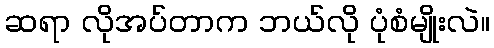
ဆရာ လိုအပ်တာက ဘယ်လို ပုံစံမျိုးလဲ။